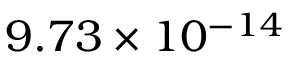
9 . 7 3 \times 1 0 ^ { - 1 4 }